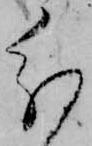
分